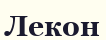
Лекон